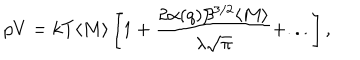
LaTeX: p V = k T \langle M \rangle \left[ 1 + \frac { 2 \alpha ( q ) \beta ^ { 3 / 2 } \langle M \rangle } { \lambda \sqrt { \pi } } + . . . \right] ,